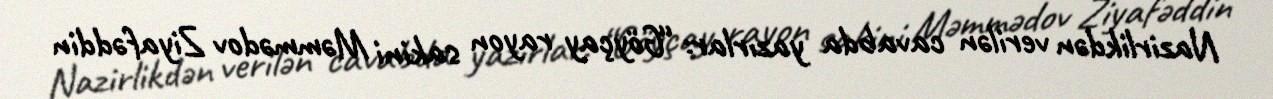
Nazirlikdən verilən cavabda yazırlar: “Göyçay rayon sakini Məmmədov Ziyafəddin